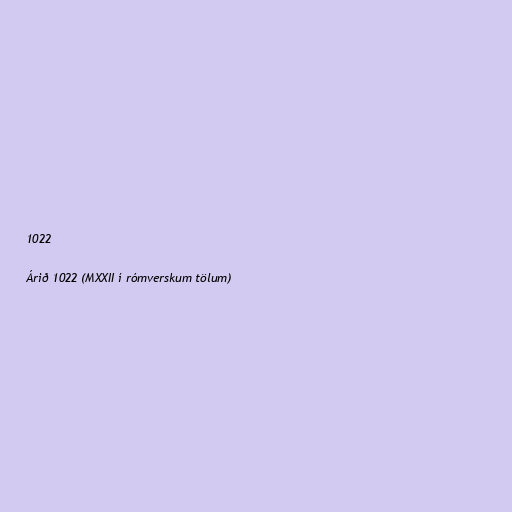
1022

Árið 1022 (MXXII í rómverskum tölum)